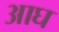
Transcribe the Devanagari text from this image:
आघ